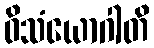
ဝိသံယောဂါတိ